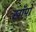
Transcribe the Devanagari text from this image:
खाँपों